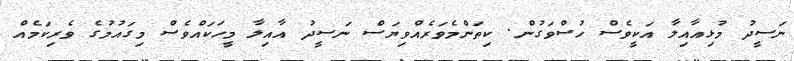
ނަސީދު މުޅިއާއިލާ އަކީވެސް ހުސްވަގުން. ކިތަންމެވަރެއްވިޔަސް ނަސީދު އާއިލާ މީހަކައްވެސް މިގައުމުގެ ވެރިކަމެއް